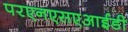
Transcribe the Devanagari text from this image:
परएनएसएआईडी